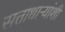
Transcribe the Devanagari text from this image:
सत्ताधाऱ्यांशी